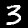
Digit: 3